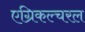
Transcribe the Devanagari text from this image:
एग्रिकल्चरल